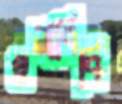
ওলাবিবি